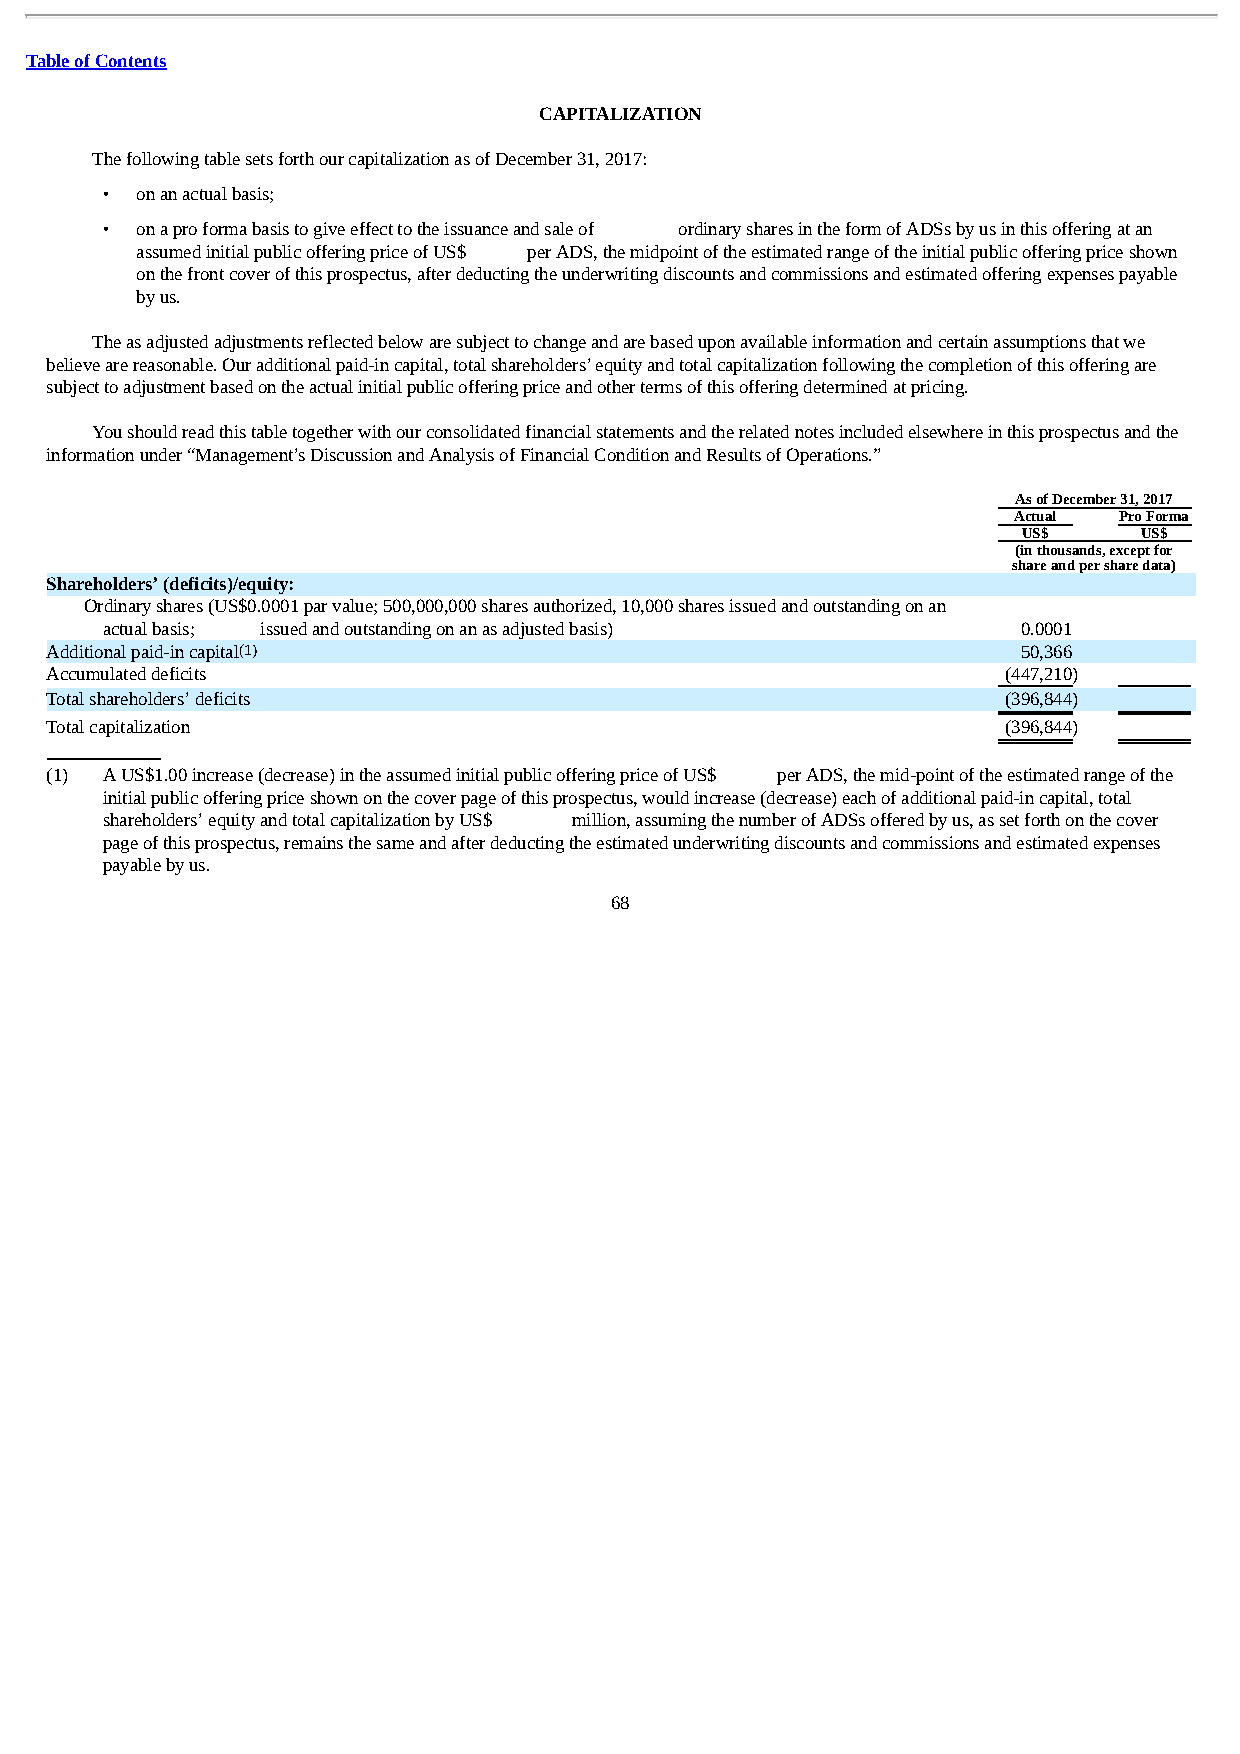
Table of Contents
 CAPITALIZATION
 The following table sets forth our capitalization as of December 31, 2017:
 • on an actual basis;
 • on a pro forma basis to give effect to the issuance and sale of ordinary shares in the form of ADSs by us in this offering at an
 assumed initial public offering price of US$ per ADS, the midpoint of the estimated range of the initial public offering price shown
 on the front cover of this prospectus, after deducting the underwriting discounts and commissions and estimated offering expenses payable
 by us.
 The as adjusted adjustments reflected below are subject to change and are based upon available information and certain assumptions that we
 believe are reasonable. Our additional paid-in capital, total shareholders’ equity and total capitalization following the completion of this offering are
 subject to adjustment based on the actual initial public offering price and other terms of this offering determined at pricing.
 You should read this table together with our consolidated financial statements and the related notes included elsewhere in this prospectus and the
 information under “Management’s Discussion and Analysis of Financial Condition and Results of Operations.”
 As of December 31, 2017
 Actual Pro Forma
 US$    US$
 (in thousands, except for
 share and per share data)
 Shareholders’ (deficits)/equity:
 Ordinary shares (US$0.0001 par value; 500,000,000 shares authorized, 10,000 shares issued and outstanding on an
 actual basis; issued and outstanding on an as adjusted basis) 0.0001
 Additional paid-in capital(1)                                    50,366
 Accumulated deficits                                            (447,210)
 Total shareholders’ deficits                                    (396,844 )
 Total capitalization                                            (396,844 )
 (1) A US$1.00 increase (decrease) in the assumed initial public offering price of US$ per ADS, the mid-point of the estimated range of the
 initial public offering price shown on the cover page of this prospectus, would increase (decrease) each of additional paid-in capital, total
 shareholders’ equity and total capitalization by US$ million, assuming the number of ADSs offered by us, as set forth on the cover
 page of this prospectus, remains the same and after deducting the estimated underwriting discounts and commissions and estimated expenses
 payable by us.
 68